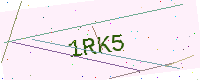
Text: 1RK5